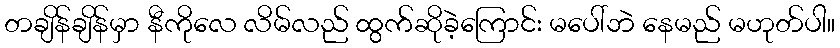
တချိန်ချိန်မှာ နီကိုလေ လိမ်လည် ထွက်ဆိုခဲ့ကြောင်း မပေါ်ဘဲ နေမည် မဟုတ်ပါ။